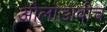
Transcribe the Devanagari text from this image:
ओलांडावीच